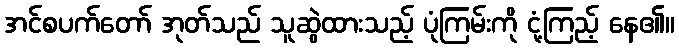
အင်စပက်တော် အုတ်သည် သူဆွဲထားသည့် ပုံကြမ်းကို ငုံ့ကြည့် နေ၏။